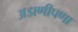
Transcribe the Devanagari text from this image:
अडाणीपणा